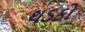
થડકો